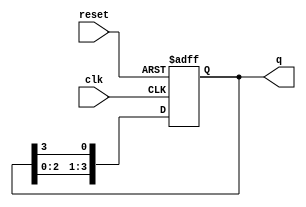
module bistable_ring_counter (
    input wire clk,       // Clock input
    input wire reset,     // Reset input
    output reg [N-1:0] q  // Output state of the counter
);

parameter N = 4; // Number of bits in the counter

// Initial state
initial begin
    q = 1; // Start with the first flip-flop set to '1', others to '0'
end

// Always block for the ring counter functionality
always @(posedge clk or posedge reset) begin
    if (reset) begin
        q <= 1; // Reset state: Set first flip-flop to '1'
    end else begin
        // Shift the state to the right, creating a ring effect
        q <= {q[N-2:0], q[N-1]}; // Rotate right
    end
end

endmodule